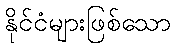
နိုင်ငံများဖြစ်သော